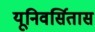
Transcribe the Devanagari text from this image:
यूनिवर्सितास